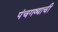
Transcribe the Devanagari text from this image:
पंचगव्याची